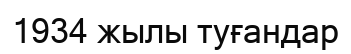
1934 жылы туғандар